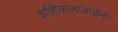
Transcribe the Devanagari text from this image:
शशिकलाबाईंनी